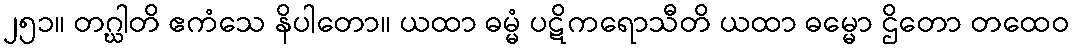
၂၅၁။ တဂ္ဃါတိ ဧကံသေ နိပါတော။ ယထာ ဓမ္မံ ပဋိကရောသီတိ ယထာ ဓမ္မော ဌိတော တထေဝ